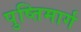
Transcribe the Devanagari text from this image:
पुष्तिमार्ग